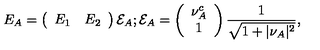
E _ { A } = \left( \begin{array} { c c } { E _ { 1 } } & { E _ { 2 } } \\ \end{array} \right) { \cal E } _ { A } ; { \cal E } _ { A } = \left( \begin{array} { c } { \nu _ { A } ^ { c } } \\ { 1 } \\ \end{array} \right) { \frac { 1 } { \sqrt { 1 + \vert \nu _ { A } \vert ^ { 2 } } } } ,